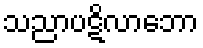
သညာပဋိလာဘော